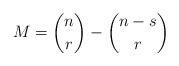
LaTeX: \begin{align*} M = \binom{n}{r} - \binom{n-s}{r}\end{align*}